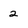
Character: 2